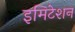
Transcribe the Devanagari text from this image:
इमिटेशन